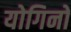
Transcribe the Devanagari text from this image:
योगिनो